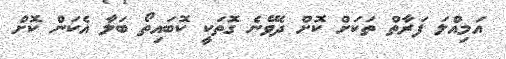
އަމިއްލަ ފަރާތް ތަކަށް ކޮށް ދެވޭނެ ގޮތަކީ ކޮބައިތޯ ބަލާ އެކަން ކޮށް